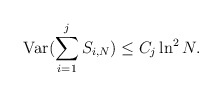
\begin{align*}\mbox{Var}(\sum_{i=1}^{j}S_{i,N})\leq C_{j}\ln^{2}N.\end{align*}